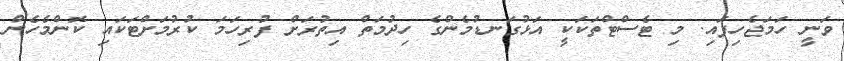
ވަނީ ހަމަޖެހިފައި. މި ޓެސްޓްތަކަކީ އަޅުގަނޑުމެންގެ ހިދުމަތް އިތުރަށް ފުރިހަމަ ކުރުމަށްޓަކައި ކޮންމެހެން